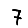
Digit: 7